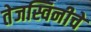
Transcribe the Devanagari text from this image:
तेजस्विनीचे